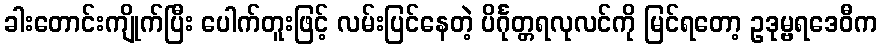
ခါးတောင်းကျိုက်ပြီး ပေါက်တူးဖြင့် လမ်းပြင်နေတဲ့ ပိင်္ဂုတ္တရလုလင်ကို မြင်ရတော့ ဥဒုမ္ဗရဒေဝီက